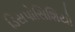
ડિસપોસિશિયો